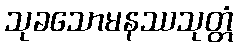
သုခသောမနဿသုတ္တံ